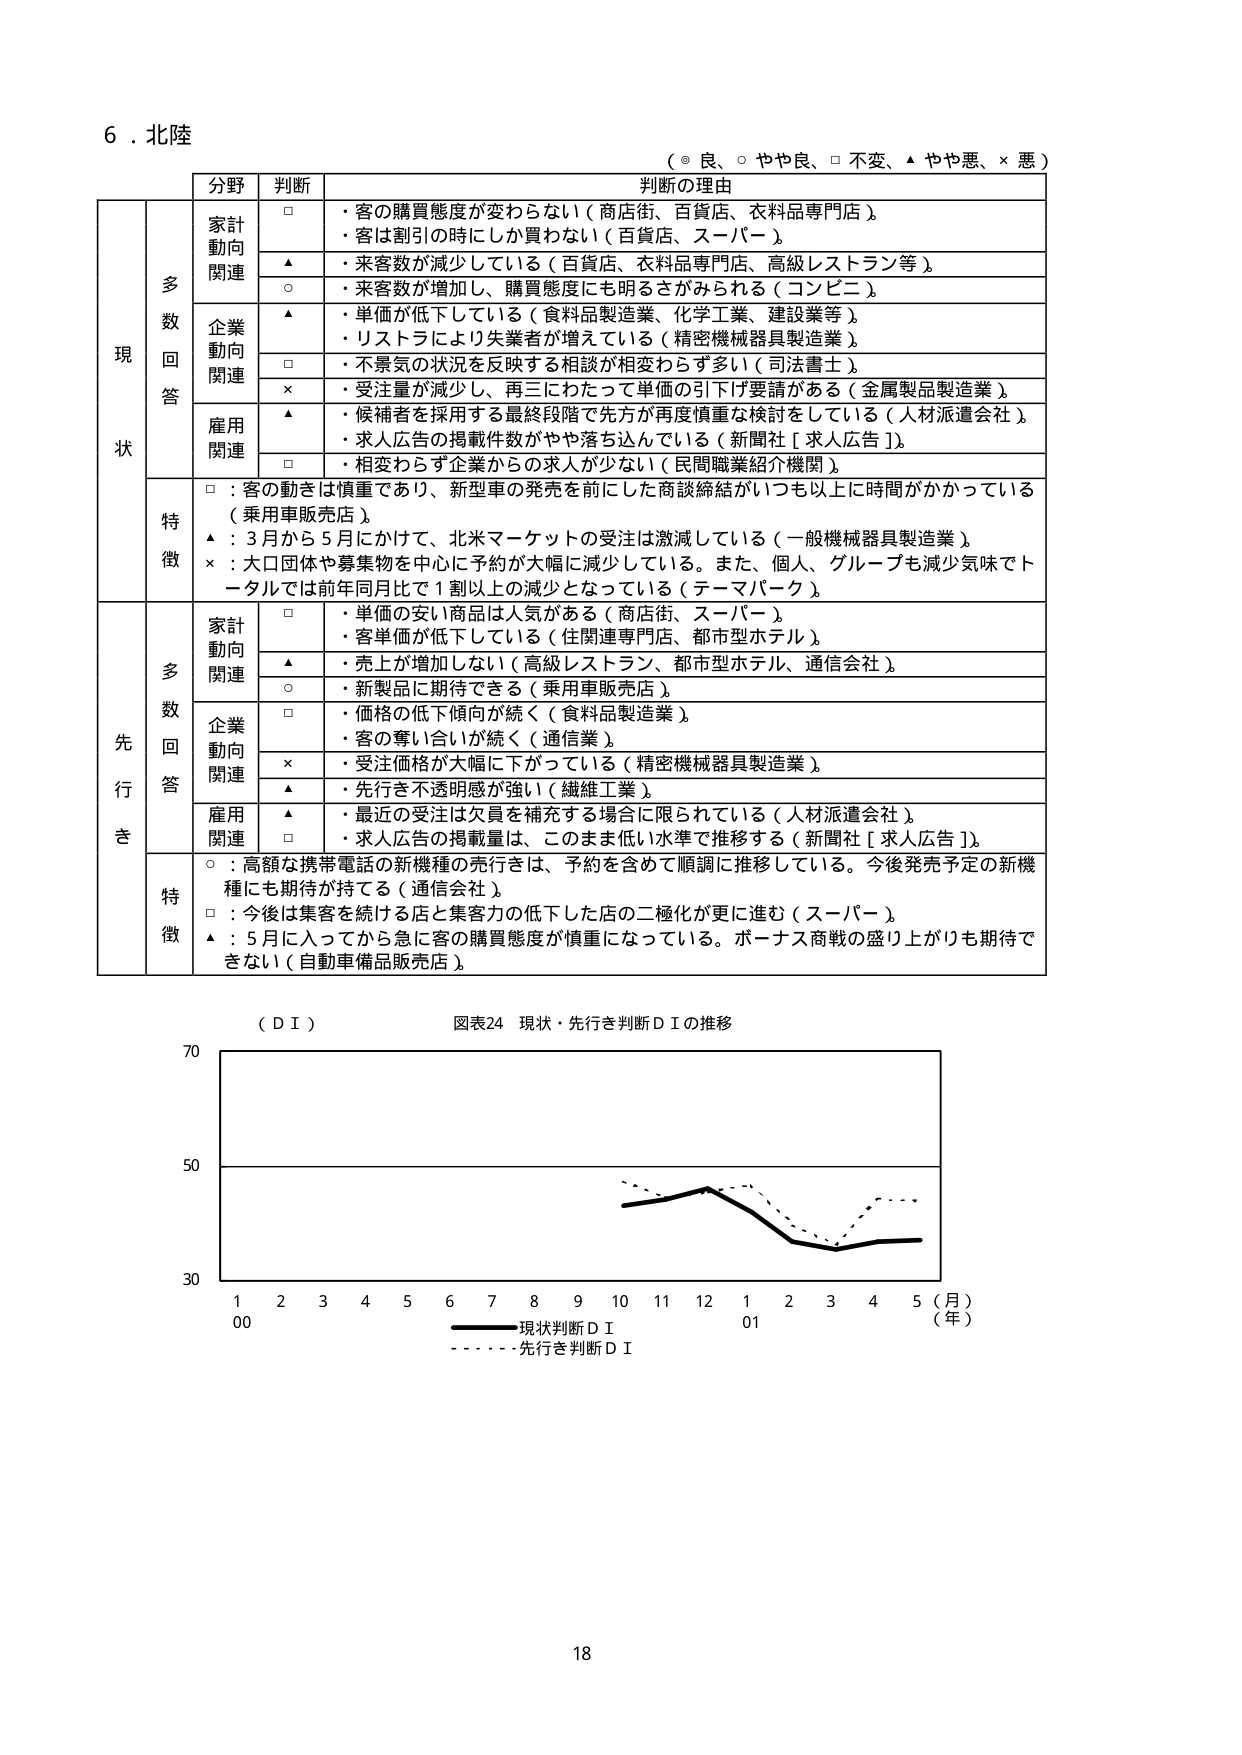
6．北陸

（◎ 良、○ やや良、□ 不変、▲ やや悪、× 悪）

分野　判断　判断の理由

現状

多数回答

家計動向関連
□　・客の購買態度が変わらない（商店街、百貨店、衣料品専門店）
　　・客は割引の時にしか買わない（百貨店、スーパー）
▲　・来客数が減少している（百貨店、衣料品専門店、高級レストラン等）
○　・来客数が増加し、購買態度にも明るさがみられる（コンビニ）

企業動向関連
▲　・単価が低下している（食料品製造業、化学工業、建設業等）
　　・リストラにより失業者が増えている（精密機械器具製造業）
□　・不景気の状況を反映する相談が相変わらず多い（司法書士）
×　・受注量が減少し、再三にわたって単価の引下げ要請がある（金属製品製造業）

雇用関連
▲　・候補者を採用する最終段階で先方が再度慎重な検討をしている（人材派遣会社）
　　・求人広告の掲載件数がやや落ち込んでいる（新聞社［求人広告］）
□　・相変わらず企業からの求人が少ない（民間職業紹介機関）

特徴
□：客の動きは慎重であり、新型車の発売を前にした商談締結がいつも以上に時間がかかっている（乗用車販売店）
▲：3月から5月にかけて、北米マーケットの受注は激減している（一般機械器具製造業）
×：大口団体や募集物を中心に予約が大幅に減少している。また、個人、グループも減少気味でトータルでは前年同月比で1割以上の減少となっている（テーマパーク）

先行き

多数回答

家計動向関連
□　・単価の安い商品は人気がある（商店街、スーパー）
　　・客単価が低下している（住関連専門店、都市型ホテル）
▲　・売上が増加しない（高級レストラン、都市型ホテル、通信会社）
○　・新製品に期待できる（乗用車販売店）

企業動向関連
□　・価格の低下傾向が続く（食料品製造業）
　　・客の奪い合いが続く（通信業）
×　・受注価格が大幅に下がっている（精密機械器具製造業）
▲　・先行き不透明感が強い（繊維工業）

雇用関連
▲　・最近の受注は欠員を補充する場合に限られている（人材派遣会社）
□　・求人広告の掲載量は、このまま低い水準で推移する（新聞社［求人広告］）

特徴
○：高額な携帯電話の新機種の売行きは、予約を含めて順調に推移している。今後発売予定の新機種にも期待が持てる（通信会社）
□：今後は集客を続ける店と集客力の低下した店の二極化が更に進む（スーパー）
▲：5月に入ってから急に客の購買態度が慎重になっている。ボーナス商戦の盛り上がりも期待できない（自動車備品販売店）

（ＤＩ）　図表24　現状・先行き判断ＤＩの推移

70
50
30
1　2　3　4　5　6　7　8　9　10　11　12　1　2　3　4　5（月）
00　　　　　　　　　　　　　　　　　　　　　01　　（年）
　　　　　　　　　　　　　　　　　　　　　　――――現状判断ＤＩ
　　　　　　　　　　　　　　　　　　　　　　・・・・・・先行き判断ＤＩ

18